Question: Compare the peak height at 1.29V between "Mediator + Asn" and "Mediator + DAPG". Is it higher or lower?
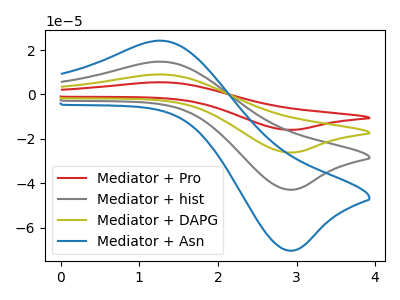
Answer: <think>The red curve "Mediator + Pro" has an anodic peak at (1.30V, 44.25uA) and a cathodic peak at (2.95V, -128.65uA). The gray curve "Mediator + hist" has an anodic peak at (1.30V, 14.75uA) and a cathodic peak at (2.95V, -42.90uA). The olive curve "Mediator + DAPG" has an anodic peak at (1.30V, 29.50uA) and a cathodic peak at (2.95V, -85.75uA). The blue curve "Mediator + Asn" has an anodic peak at (1.30V, 24.20uA) and a cathodic peak at (2.95V, -70.30uA).</think>
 <answer>The peak at 1.29V is lower in "Mediator + Asn" than in "Mediator + DAPG".</answer>
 <eval>lower</eval>